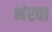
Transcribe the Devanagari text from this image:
भंरवा